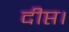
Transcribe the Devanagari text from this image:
दीप्त।